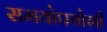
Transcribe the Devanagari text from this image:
समयोपयोगी